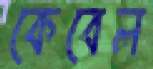
কেবেল